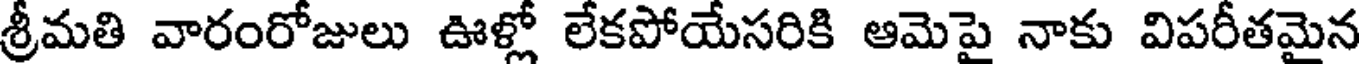
శ్రీమతి వారంరోజులు ఊళ్లో లేకపోయేసరికి ఆమెపై నాకు విపరీతమైన